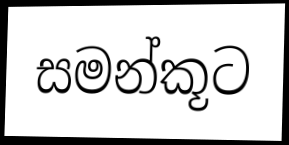
සමන්කූට